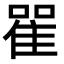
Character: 𨾴